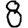
Digit: 8